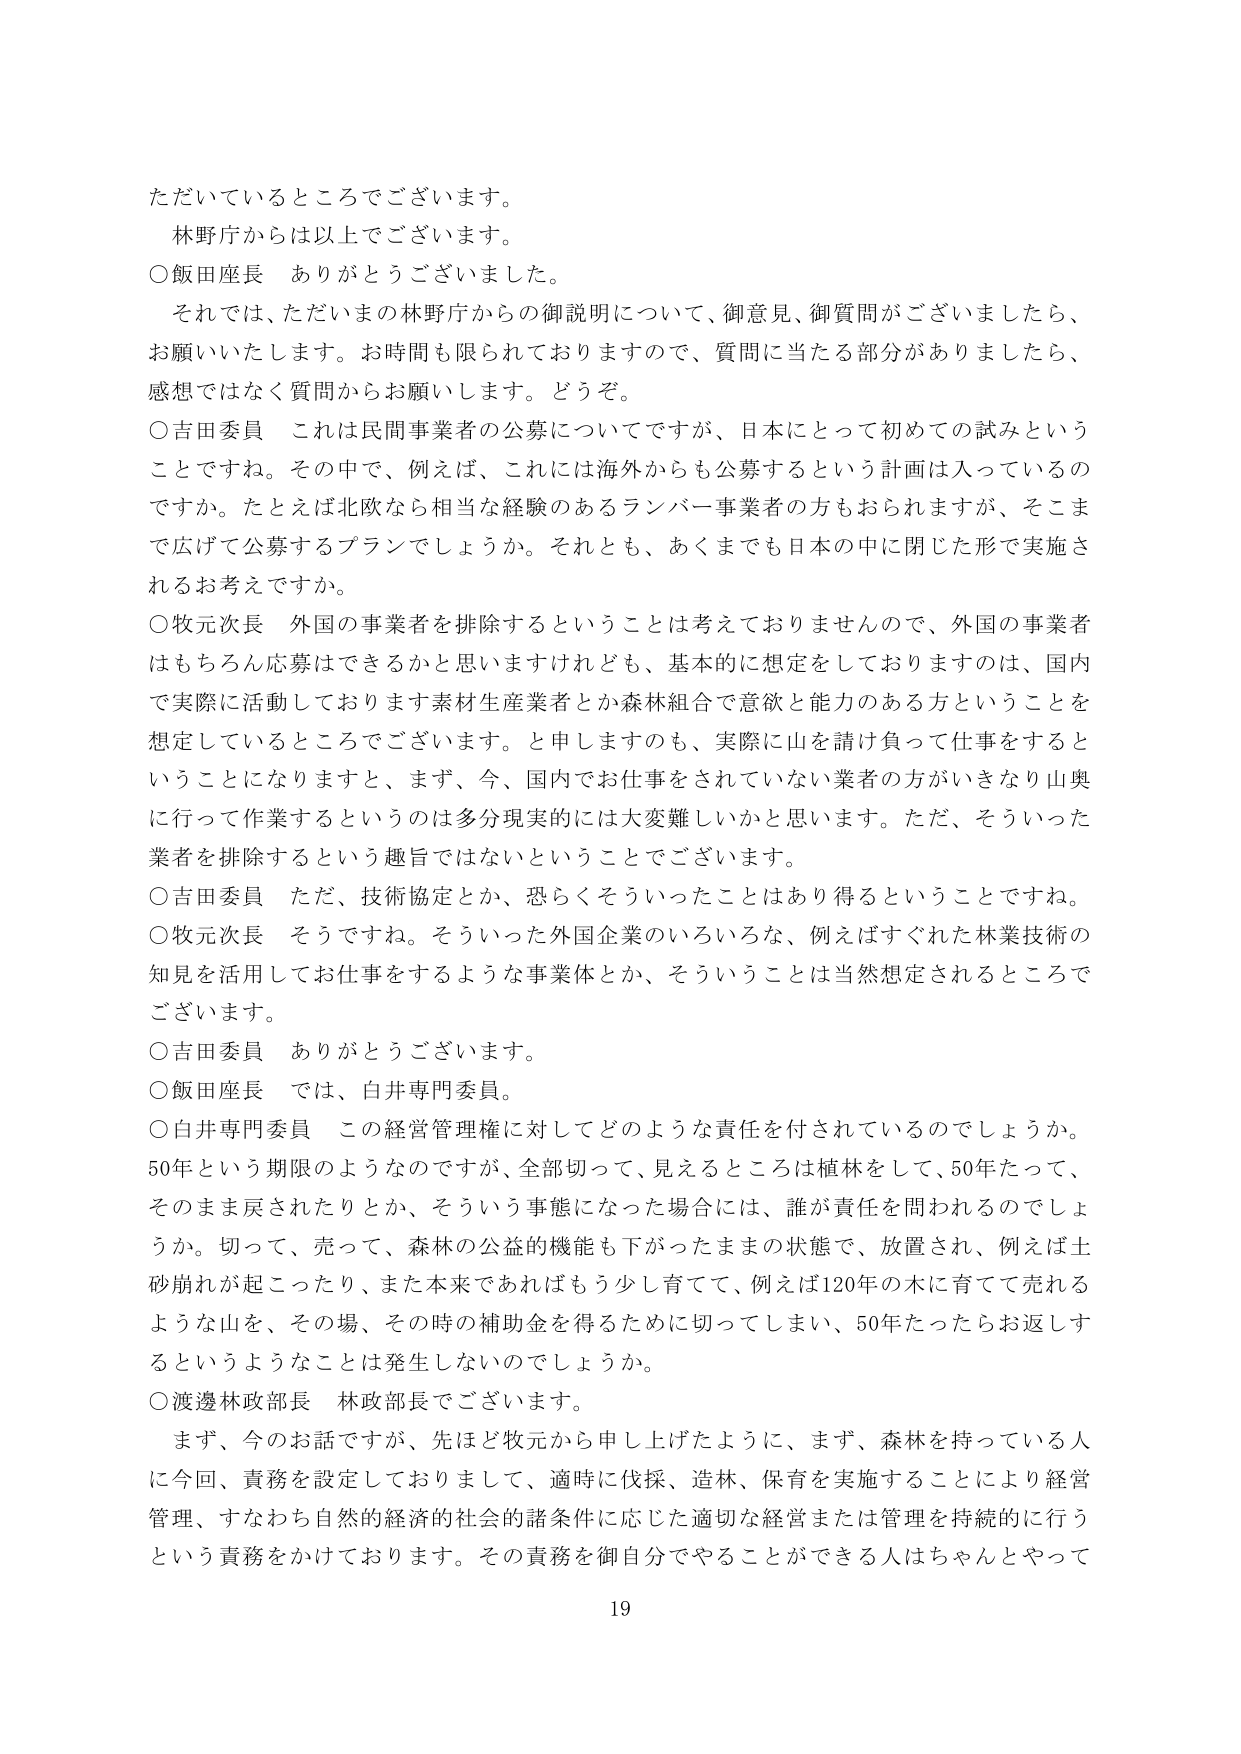
ただいているところでございます。
林野庁からは以上でございます。
○飯田座長　ありがとうございました。
それでは、ただいまの林野庁からの御説明について、御意見、御質問がございましたら、
お願いいたします。お時間も限られておりますので、質問に当たる部分がありましたら、
感想ではなく質問からお願いします。どうぞ。
○吉田委員　これは民間事業者の公募についてですが、日本にとって初めての試みという
ことですね。その中で、例えば、これには海外からも公募するという計画は入っているの
ですか。たとえば北欧なら相当な経験のあるランバー事業者の方もおられますが、そこま
で広げて公募するプランでしょうか。それとも、あくまでも日本の中に閉じた形で実施さ
れるお考えですか。
○牧元次長　外国の事業者を排除するということは考えておりませんので、外国の事業者
はもちろん応募はできるかと思いますけれども、基本的に想定をしておりますのは、国内
で実際に活動しております素材生産業者とか森林組合で意欲と能力のある方ということを
想定しているところでございます。と申しますのも、実際に山を請け負って仕事をすると
いうことになりますと、まず、今、国内でお仕事をされていない業者の方がいきなり山奥
に行って作業するというのは多分現実的には大変難しいかと思います。ただ、そういった
業者を排除するという趣旨ではないということでございます。
○吉田委員　ただ、技術協定とか、恐らくそういったことはあり得るということですね。
○牧元次長　そうですね。そういった外国企業のいろいろな、例えばすぐれた林業技術の
知見を活用してお仕事をするような事業体とか、そういうことは当然想定されるところで
ございます。
○吉田委員　ありがとうございます。
○飯田座長　では、白井専門委員。
○白井専門委員　この経営管理権に対してどのような責任を付されているのでしょうか。
50年という期限のようなのですが、全部切って、見えるところは植林をして、50年たって、
そのまま戻されたりとか、そういう事態になった場合には、誰が責任を問われるのでは
うか。切って、売って、森林の公益的機能も下がったままの状態で、放置され、例えば土
砂崩れが起こったり、また本来であればもう少し育てて、例えば120年の木に育てて売れる
ような山を、その場、その時の補助金を得るために切ってしまい、50年たったらお返しす
るというようなことは発生しないでしょうか。
○渡邊林政部長　林政部長でございます。
　まず、今のお話ですが、先ほど牧元から申し上げたように、まず、森林を持っている人
に今回、責務を設定しておりまして、適時に伐採、造林、保育を実施することにより経営
管理、すなわち自然的経済的社会的諸条件に応じた適切な経営または管理を持続的に行う
という責務をかけております。その責務を御自分でやることができる人はちゃんとやって
19